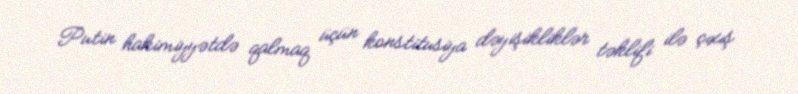
Putin hakimiyyətdə qalmaq üçün konstitusiya dəyişikliklər təklifi ilə çıxış